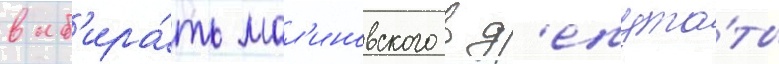
выб'ира́ть мал'иновского в д'епута́ты